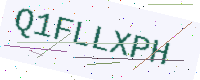
Text: Q1FLLXPH